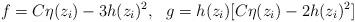
LaTeX: \begin{align*}f = C\eta(z_i) - 3h(z_i)^2,~~g = h(z_i) [C \eta(z_i) - 2h(z_i)^2]\end{align*}